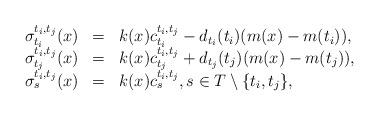
LaTeX: \begin{align*} \begin{array}{rcl} \sigma_{t_i}^{t_i,t_j}(x) & = & k(x) c_{t_i}^{t_i,t_j} - d_{t_i}(t_i) (m(x)-m(t_i)), \\ \sigma_{t_j}^{t_i,t_j}(x) & = & k(x)c_{t_j}^{t_i,t_j} + d_{t_j}(t_j) (m(x)- m(t_j)), \\ \sigma_s^{t_i,t_j}(x) & = & k(x) c_s^{t_i,t_j}, s \in T\setminus \{t_i, t_j\}, \end{array}\end{align*}